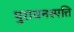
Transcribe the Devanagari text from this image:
पुरावनस्पत्ति